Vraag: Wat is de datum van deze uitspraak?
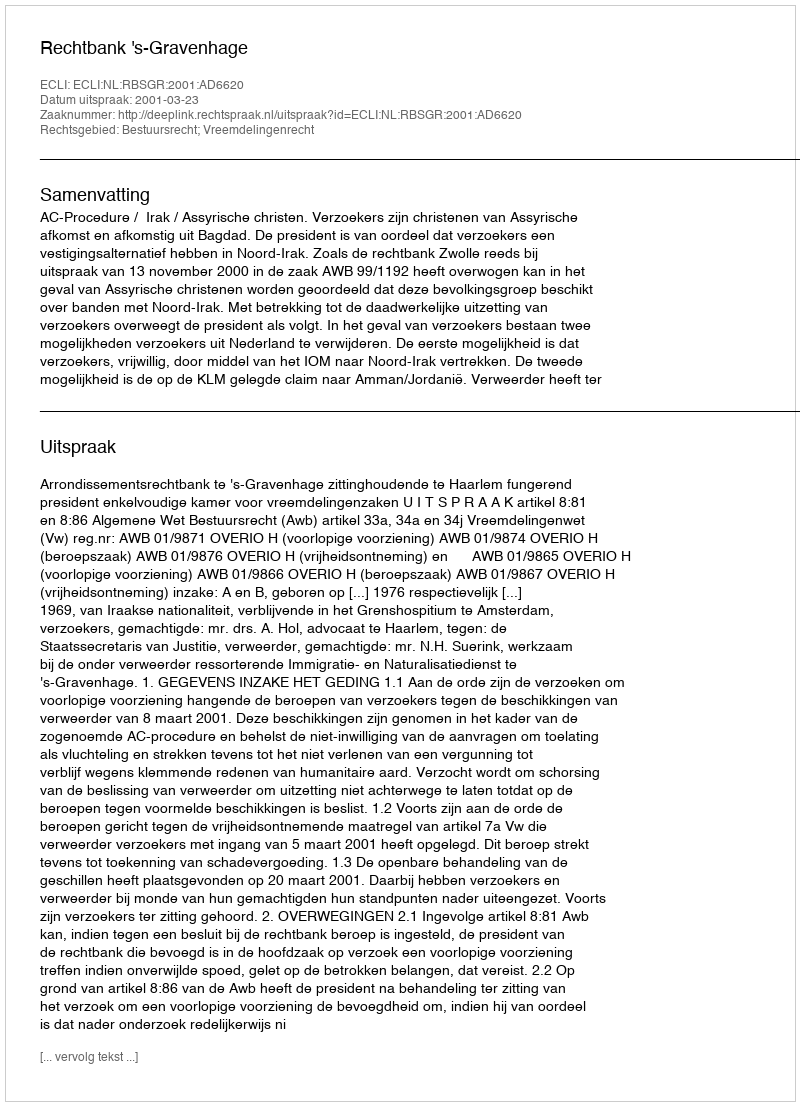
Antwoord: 2001-03-23